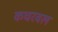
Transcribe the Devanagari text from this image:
कचरवल